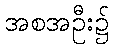
အစအဦး၌